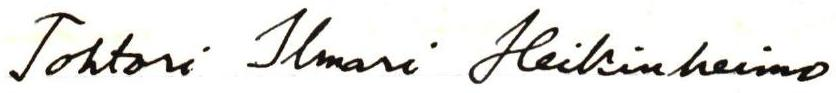
Tohtori Ilmari Heikinheimo